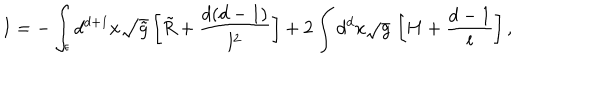
I = - \int _ { \epsilon } d ^ { d + 1 } x \sqrt { \tilde { g } } \left[ \tilde { R } + \frac { d ( d - 1 ) } { l ^ { 2 } } \right] + 2 \int d ^ { d } x \sqrt { g } \, \left[ H + \frac { d - 1 } l \right] ,